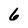
Character: 6